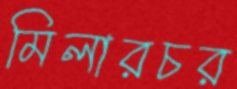
মিলারচর